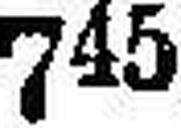
745